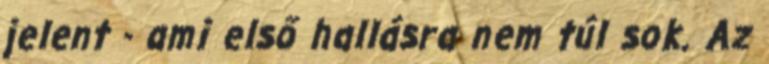
jelent - ami első hallásra nem túl sok. Az